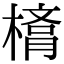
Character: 𣙛